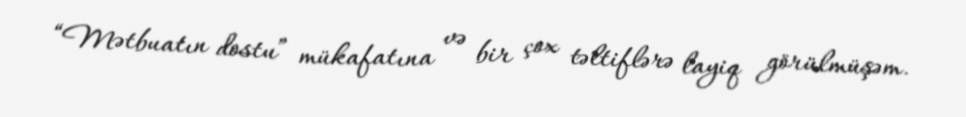
“Mətbuatın dostu” mükafatına və bir çox təltiflərə layiq görülmüşəm.